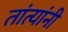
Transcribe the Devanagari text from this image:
तांत्यांनी